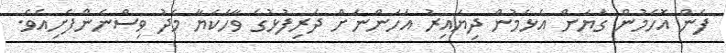
ފެން އޮހެމުން ގަޔަށް އެޅެމުން ދިޔައިރު އަހަންނަށް ދަރިފުޅުގެ ވާހަކަޔާ މެދު ވިސްނެންފެށިއެވެ.